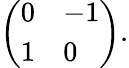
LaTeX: {\left(\begin{array}{ll}{0}&{-1}\\ {1}&{0}\end{array}\right)}.